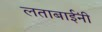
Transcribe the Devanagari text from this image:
लताबाईंनी